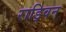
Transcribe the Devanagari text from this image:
राड्विन